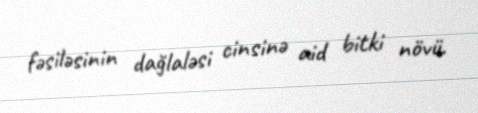
fəsiləsinin dağlaləsi cinsinə aid bitki növü.